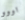
اووو